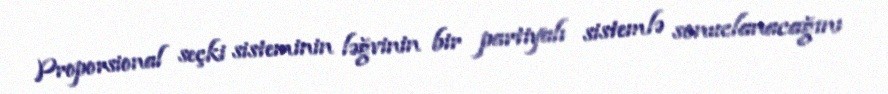
Proporsional seçki sisteminin ləğvinin bir partiyalı sistemlə sonuclanacağını